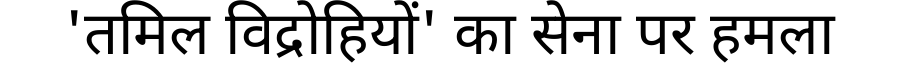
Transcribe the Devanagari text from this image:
'तमिल विद्रोहियों' का सेना पर हमला